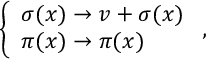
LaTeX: \left\{ \begin{array} { l l } { { \sigma ( x ) \rightarrow v + \sigma ( x ) } } \\ { { \pi ( x ) \rightarrow \pi ( x ) } } \end{array} \right. ,